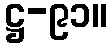
ဋ္ဌ-၉၁။